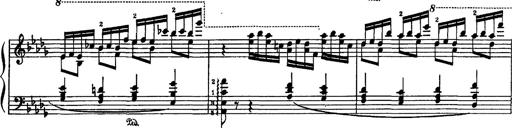
Title: Fantaisie sur des motifs favoris de l'opÃ©ra 'La sonnambula'
Composer: Franz Liszt